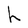
Character: h